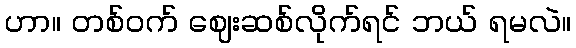
ဟာ။ တစ်ဝက် ဈေးဆစ်လိုက်ရင် ဘယ် ရမလဲ။